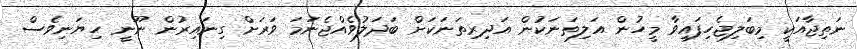
ނަތިޖާއަކީ މިބަލިޖެހިފައިވާ މީހުން އަލިތަނަކުން އަދިރިތަނަކަށް ބަދަލުވެއްޖެނަމަ ވަރަށް ގިނައިރުން ނޫނީ ހިޔަނިވެސް